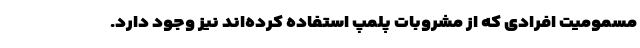
مسمومیت افرادی که از مشروبات پلمپ استفاده کرده‌اند نیز وجود دارد.